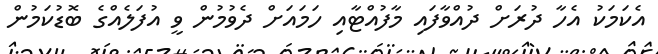
އެކަމަކު އެހާ ދުރަށް ދުއްވާފައި މާފުއްޓާއި ހަމައަށް ދެވުމުން ވީ އުފަލެއްގެ ބޮޑުކަމުން